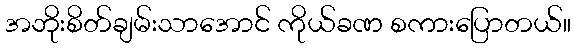
အဘိုးစိတ်ချမ်းသာအောင် ကိုယ်ခဏ စကားပြောတယ်။